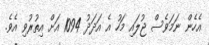
އެހެން ނަމަވެސް ޖުލައި މަހު އެ އަދަދު 1094 އަށް އިތުރުވި އެވެ.